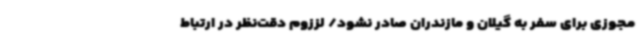
مجوزی برای سفر به گیلان و مازندران صادر نشود/ لززوم دقت‌نظر در ارتباط